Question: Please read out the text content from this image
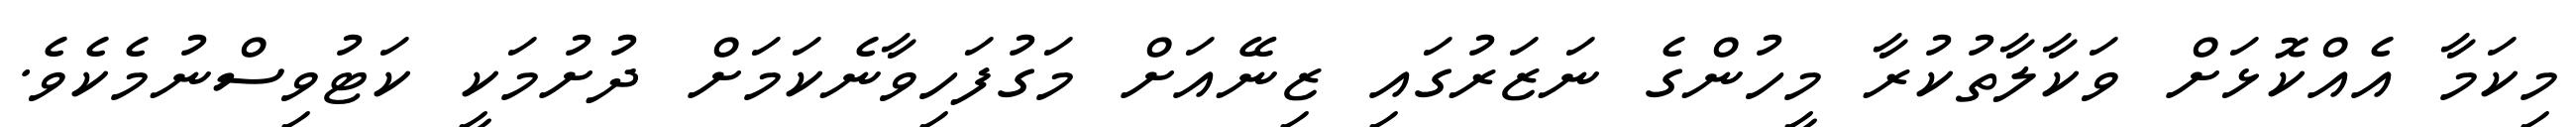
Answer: މިކަމާ އެއްކޮޅަށް ވަކާލާތުކުރާ މީހުންގެ ނަޒަރުގައި ޒިނޭއަށް މަގުފަހިވާނެކަމަށް ދުށުމަކީ ކަޓުވިސްނުމެކެވެ.